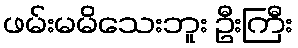
ဖမ်းမမိသေးဘူး ဦးကြီး